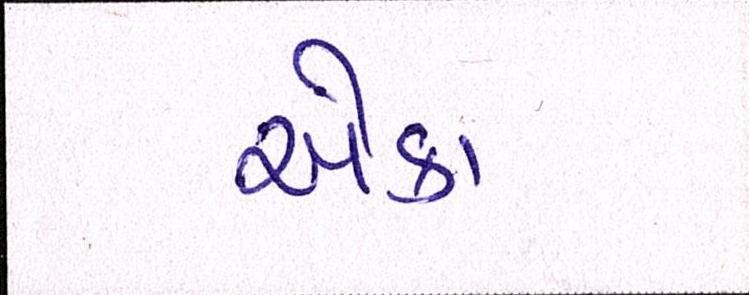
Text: એકા